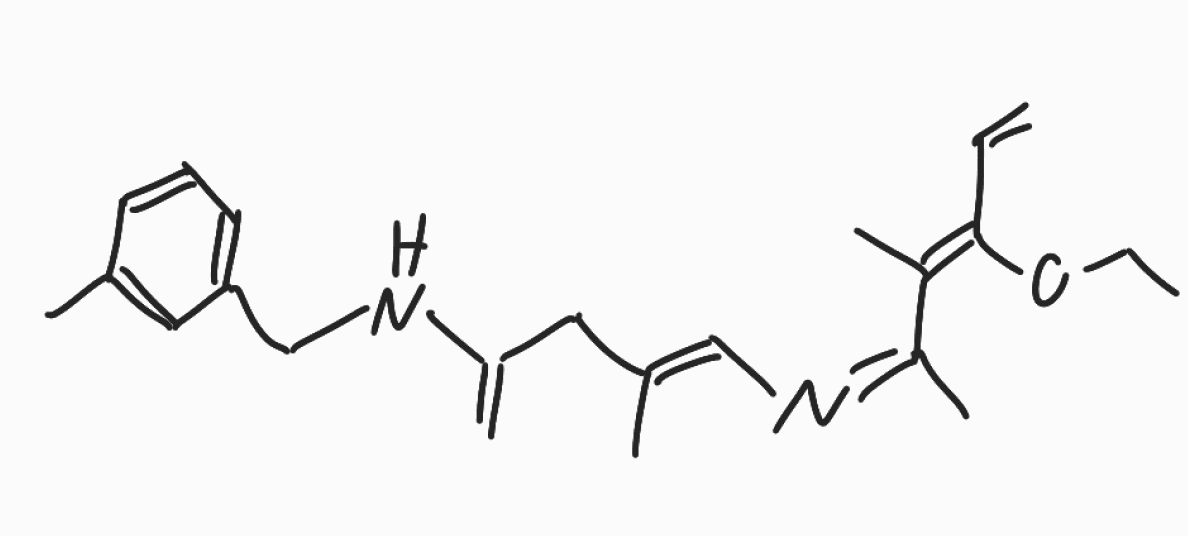
Simplified molecular-input line-entry system (SMILES) notation of the given molecule:
CCO/C(=C(/C)\C(=N/C=C(\C)/CC(=C)NCC1=CC=CC(=C1)C)C)/C=C